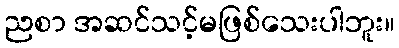
ညစာ အဆင်သင့်မဖြစ်သေးပါဘူး။